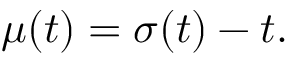
\mu ( t ) = \sigma ( t ) - t .